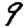
Digit: 9